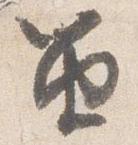
笛